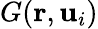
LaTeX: G(\mathbf{r},\mathbf{u}_{i})